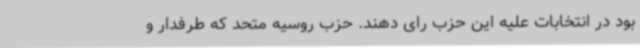
بود در انتخابات علیه این حزب رای دهند. حزب روسیه متحد که طرفدار و